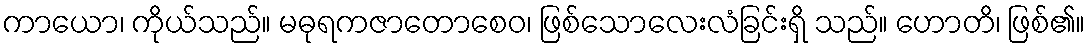
ကာယော၊ ကိုယ်သည်။ မဓုရကဇာတောစေဝ၊ ဖြစ်သောလေးလံခြင်းရှိ သည်။ ဟောတိ၊ ဖြစ်၏။